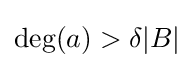
\deg(a)>\delta |B|